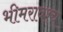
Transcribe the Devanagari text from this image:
भीमरावश्च